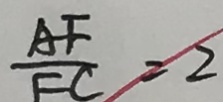
\frac { A F } { F C } = 2